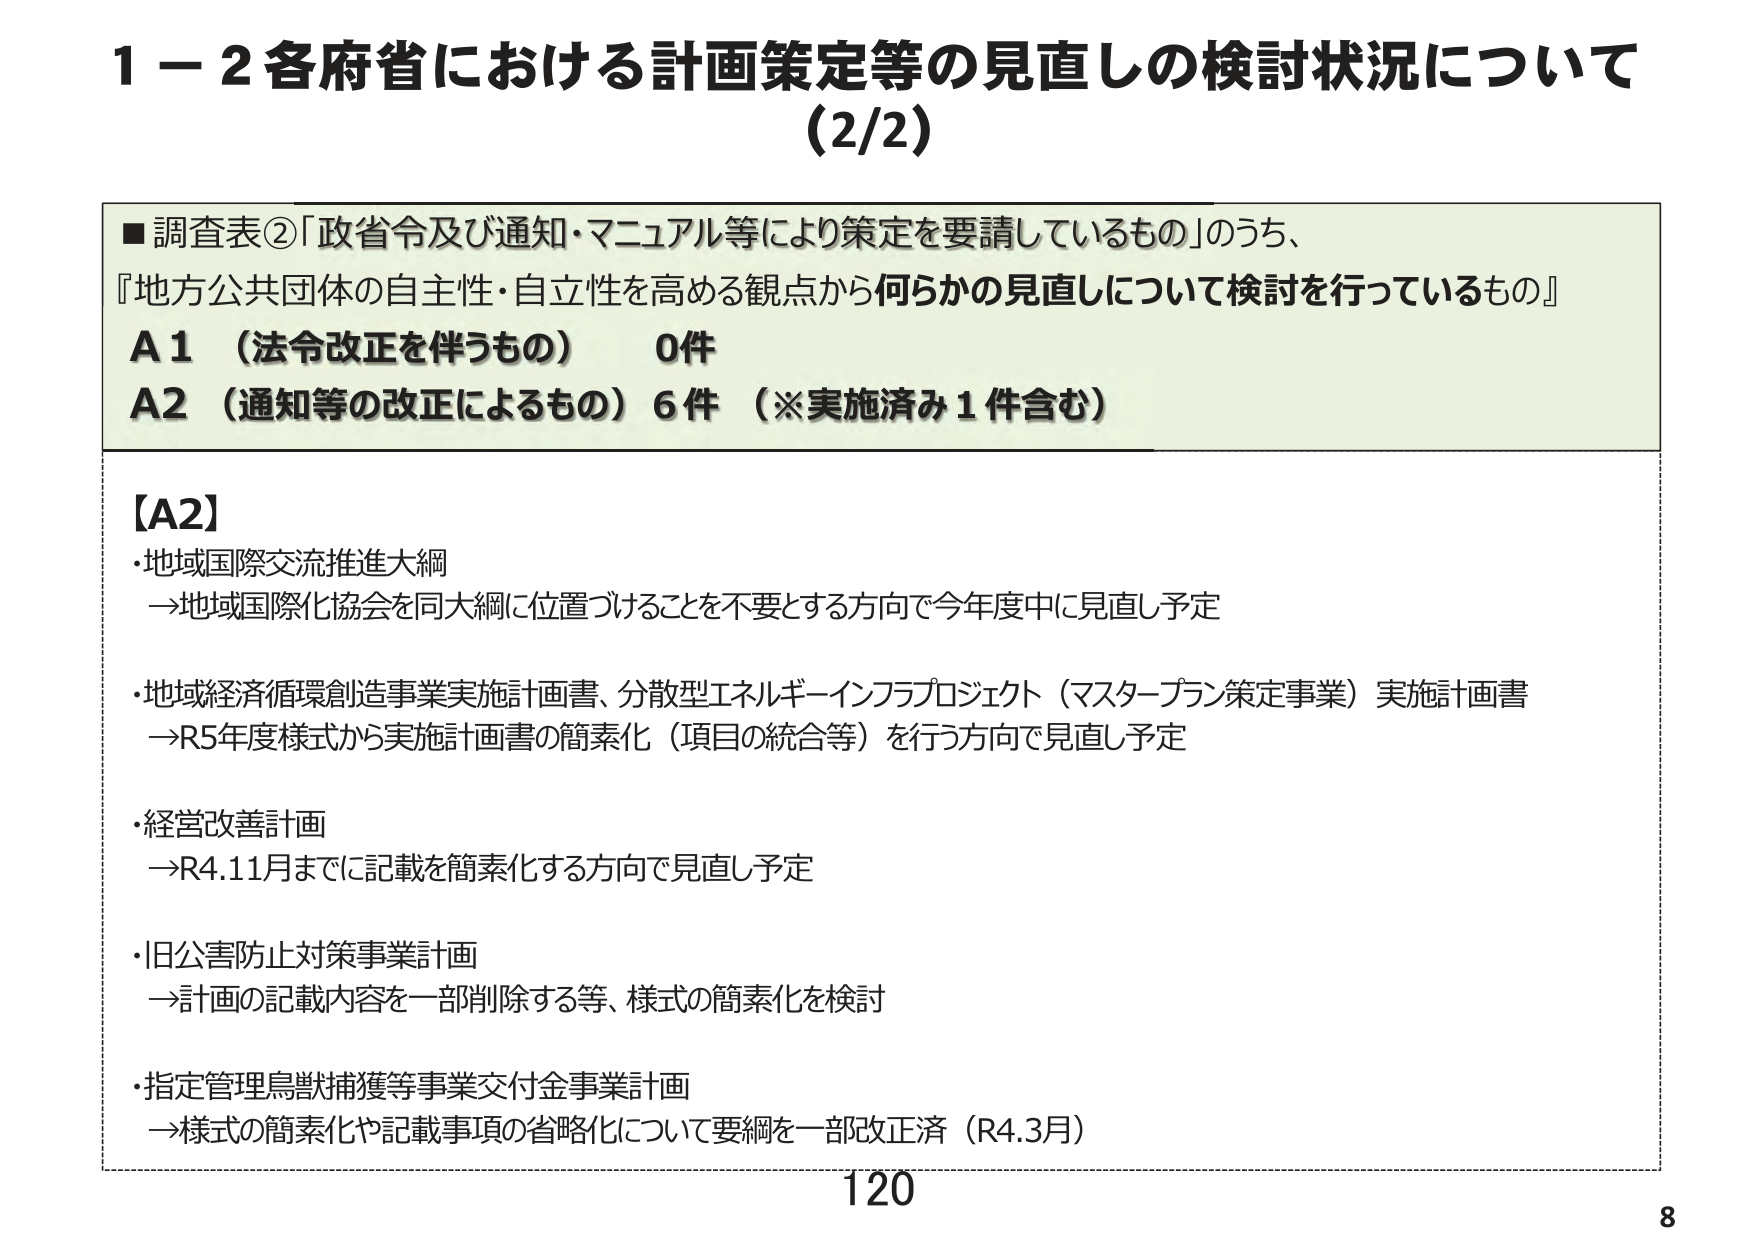
1－2 各府省における計画策定等の見直しの検討状況について
(2/2)

■調査表②「政省令及び通知・マニュアル等により策定を要請しているもの」のうち、
『地方公共団体の自主性・自立性を高める観点から何らかの見直しについて検討を行っているもの』
A1 （法令改正を伴うもの） 0件
A2 （通知等の改正によるもの） 6件 （※実施済み1件含む）

【A2】
・地域国際交流推進大綱
→地域国際化協会を同大綱に位置づけることを不要とする方向で今年度中に見直し予定

・地域経済循環創造事業実施計画書、分散型エネルギーインフラプロジェクト（マスタープラン策定事業）実施計画書
→R5年度様式から実施計画書の簡素化（項目の統合等）を行う方向で見直し予定

・経営改善計画
→R4.11月までに記載を簡素化する方向で見直し予定

・旧公害防止対策事業計画
→計画の記載内容を一部削除する等、様式の簡素化を検討

・指定管理鳥獣捕獲等事業交付金事業計画
→様式の簡素化や記載事項の省略化について要綱を一部改正済（R4.3月）

120
8